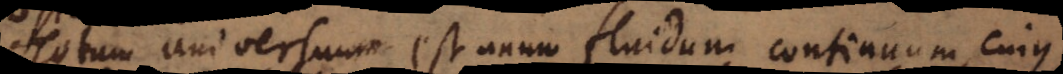
Totum universum est unum fluidum continuum, cujus